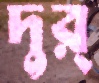
দুর্